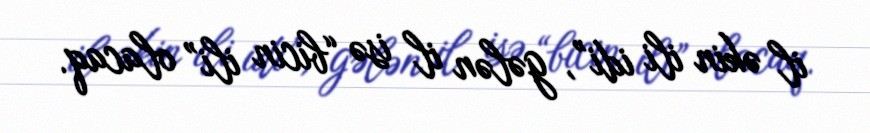
il əkin ili idi”, gələn il isə “bicin ili” olacaq.